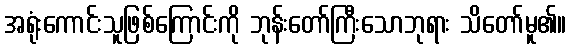
အရုံးကောင်းသူဖြစ်ကြောင်းကို ဘုန်းတော်ကြီးသောဘုရား သိတော်မူ၏။